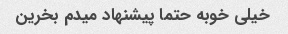
خیلی خوبه حتما پیشنهاد میدم بخرین